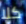
كلا